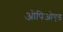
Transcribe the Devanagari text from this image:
ओपिओएड